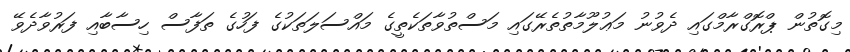
މިގޮތުން ޕްރޮގްރާމްގައި ދެވުނު މަޢުލޫމާތުތެރޭގައި މަސްތުވާތަކެތީގެ މައްސަލަތަކުގެ ފަހުގެ ތަފާސް ހިސާބާއި ފަރުވާދެވޭ